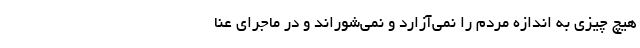
هیچ چیزی به اندازه مردم را نمی‌آزارد و نمی‌شوراند و در ماجرای عنا